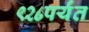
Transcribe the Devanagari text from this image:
९२८पर्यंत